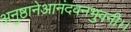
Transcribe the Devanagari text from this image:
अनुष्ठानेआनंदवनभुवनी।।